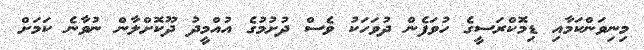
މިނިވަންކަމާއި ޑިމޮކްރަސީގެ ހުވަފެން ދުވަހަކު ވެސް ދުށުމުގެ އުއްމީދު ދޫކޮށްލާން ނުވާނެ ކަމަށް